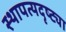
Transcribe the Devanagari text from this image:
स्थापत्यदृष्ट्या